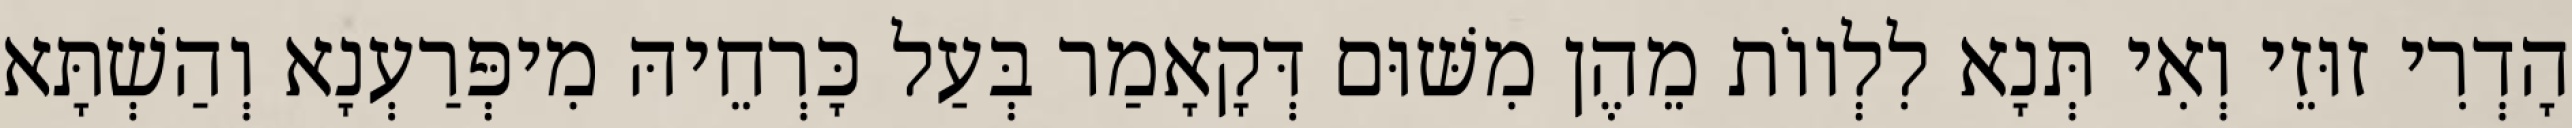
הָדְרִי זוּזֵי וְאִי תְּנָא לִלְווֹת מֵהֶן מִשּׁוּם דְּקָאָמַר בְּעַל כָּרְחֵיהּ מִיפְּרַעְנָא וְהַשְׁתָּא